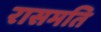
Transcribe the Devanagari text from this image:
रासमति